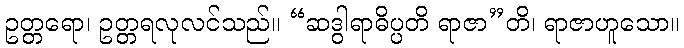
ဥတ္တရော၊ ဥတ္တရလုလင်သည်။ “ဆဒွါရာဓိပ္ပတိ ရာဇာ”တိ၊ ရာဇာဟူသော။